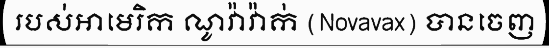
របស់អាមេរិក ណូវ៉ាវ៉ាក់ (Novavax) បានចេញ